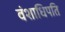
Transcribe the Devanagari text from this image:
वंशाधिपति